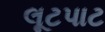
લૂટપાટ